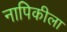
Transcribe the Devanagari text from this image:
नापिकीला